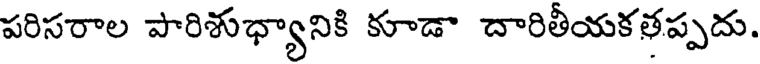
పరిసరాల పారిశుధ్యానికి కూడా దారితీయకతప్పదు.